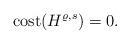
LaTeX: \begin{align*}\mathrm{cost}(H^{\varrho,s}) =0.\end{align*}